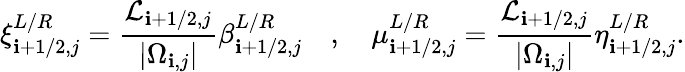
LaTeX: \xi_{\mathbf{i}+1/2,j}^{L/R}=\frac{{\mathcal{{L}}_{\mathbf{i}+1/2,j}}}{{|\Omega_{\mathbf{i},j}|}}\beta_{\mathbf{i}+1/2,j}^{L/R}\quad,\quad\mu_{\mathbf{i}+1/2,j}^{L/R}=\frac{{\mathcal{{L}}_{\mathbf{i}+1/2,j}}}{{|\Omega_{\mathbf{i},j}|}}\eta_{\mathbf{i}+1/2,j}^{L/R}.